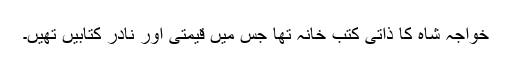
خواجہ شاہ کا ذاتی کتب خانہ تھا جس میں قیمتی اور نادر کتابیں تھیں۔